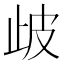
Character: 𣥣